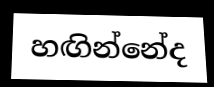
හඟින්නේද